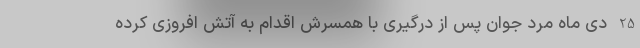
25 دی ماه مرد جوان پس از درگیری با همسرش اقدام به آتش افروزی کرده